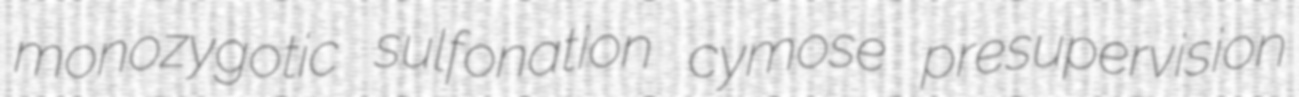
monozygotic sulfonation cymose presupervision